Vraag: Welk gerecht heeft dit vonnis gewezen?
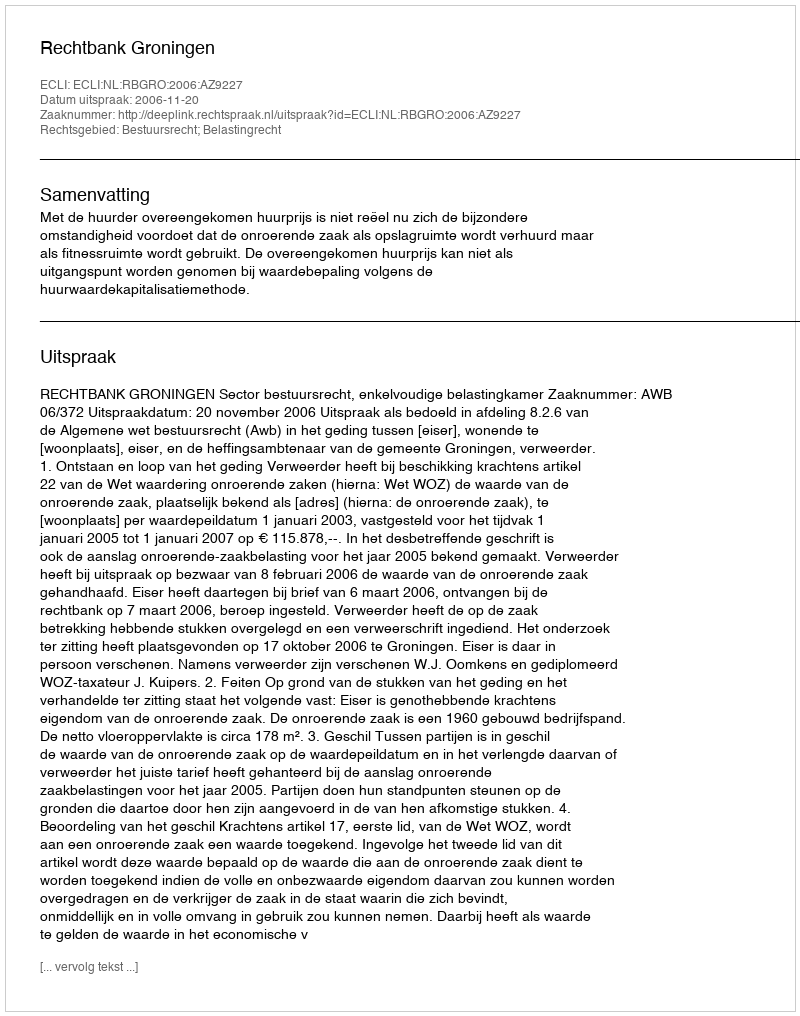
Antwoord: Rechtbank Groningen